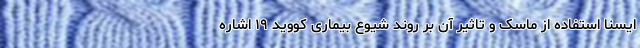
ایسنا استفاده از ماسک و تاثیر آن بر روند شیوع بیماری کووید ۱۹ اشاره